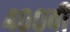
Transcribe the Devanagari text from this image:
४००वी